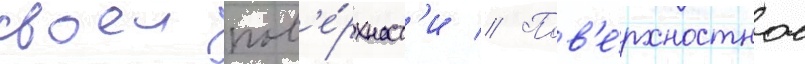
своеи пов'е́рхност'и // Пов'е́рхностное